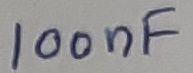
Text: 100nF